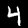
Digit: 4